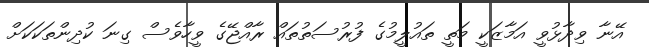
އޭނާ ވިދާޅުވީ އަމާޒަކީ މަތީ ތައުލީމުގެ ފުރުސަތުތައް ރާއްޖޭގެ ވީހާވެސް ގިނަ ކުދިންތަކަކަށް